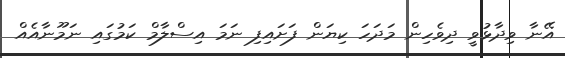
އޭނާ ވިދާޅުވީ ދިވެހިން މަދަހަ ކިޔަން ފަށައިފި ނަމަ އިސްލާމް ކަމުގައި ނަމޫނާއެއް